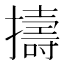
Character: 擣